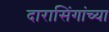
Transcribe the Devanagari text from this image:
दारासिंगांच्या